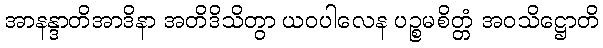
အာနန္ဒာတိအာဒိနာ အတိဒိသိတွာ ယဝပါလေန ပဉ္စမစိတ္တံ အဝသိဋ္ဌောတိ